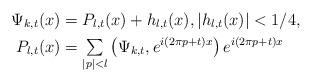
LaTeX: \begin{align*}\Psi_{k,t}(x) & =P_{l,t}(x)+h_{l,t}(x),\left\vert h_{l,t}(x)\right\vert <1/4,\\P_{l,t}(x) & ={\textstyle\sum\limits_{\left\vert p\right\vert <l}}\left( \Psi_{k,t},e^{i(2\pi p+t)x}\right) e^{i(2\pi p+t)x}\end{align*}